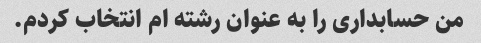
من حسابداری را به عنوان رشته ام انتخاب کردم.